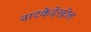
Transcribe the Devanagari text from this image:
नाटकेदेखील